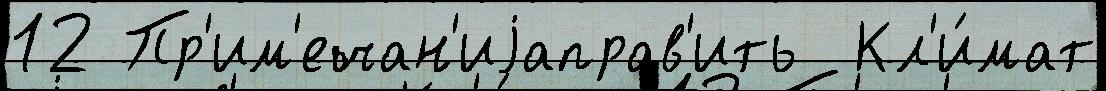
12 Пр'им'ечан'иjаправ'ить  Кл'и́мат